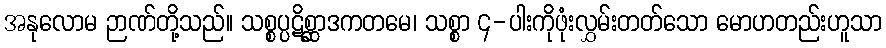
အနုလောမ ဉာဏ်တို့သည်။ သစ္စပ္ပဋိစ္ဆာဒကတမေ၊ သစ္စာ ၄-ပါးကိုဖုံးလွှမ်းတတ်သော မောဟတည်းဟူသာ